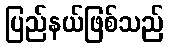
ပြည်နယ်ဖြစ်သည်